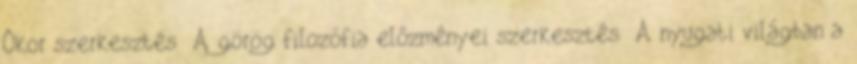
Ókor szerkesztés A görög filozófia előzményei szerkesztés A nyugati világban a